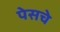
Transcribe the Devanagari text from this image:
पेसचे